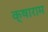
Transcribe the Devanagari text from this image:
क्षाराम